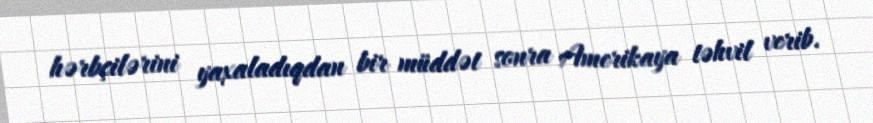
hərbçilərini yaxaladıqdan bir müddət sonra Amerikaya təhvil verib.